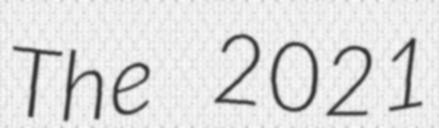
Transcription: The 2021